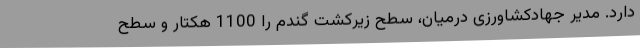
دارد. مدیر جهادکشاورزی درمیان، سطح زیرکشت گندم را 1100 هکتار و سطح